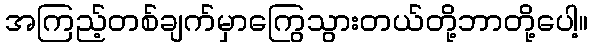
အကြည့်တစ်ချက်မှာကြွေသွားတယ်တို့ဘာတို့ပေါ့။